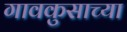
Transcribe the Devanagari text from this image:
गावकुसाच्या